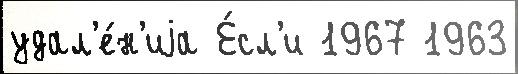
удал'е́н'иjа Е́сл'и 1967 1963